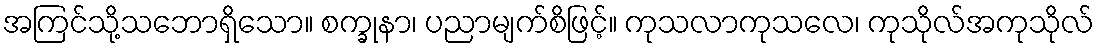
အကြင်သို့သဘောရှိသော။ စက္ခုနာ၊ ပညာမျက်စိဖြင့်။ ကုသလာကုသလေ၊ ကုသိုလ်အကုသိုလ်